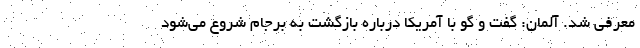
معرفی شد. آلمان: گفت و گو با آمریکا درباره بازگشت به برجام شروع می‌شود